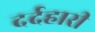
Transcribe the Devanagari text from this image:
दर्दहारी